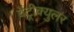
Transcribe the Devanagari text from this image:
वेंट्रीक्युलर